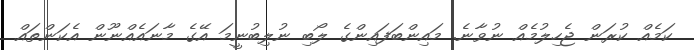
ކަމެއް ކުރަން ޖެހިލުމެއް ނުވާނެ. މައިންބަފައިންގެ ލޯބި ނުލިބުނީމަ އޭގެ މާނައެއްނޫން އެކަންތައް